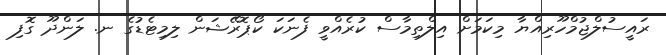
ރައީސުލްޖުމްހޫރިއްޔާ މިކަމަށް އިލްތިމާސް ކުރެއްވީ ފެނަކަ ކޯޕޮރޭޝަން ލިމިޓެޑުގެ ނ. ލަންދޫ ގޮފި